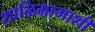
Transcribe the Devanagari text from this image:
शाळिग्रामाशी